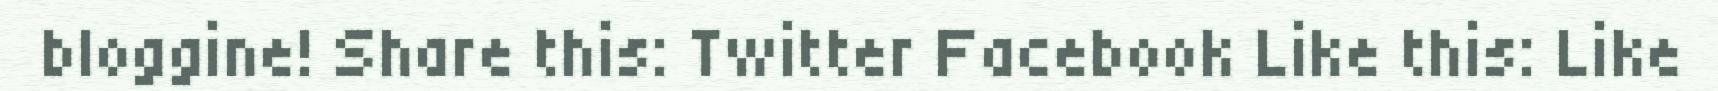
bloggine! Share this: Twitter Facebook Like this: Like